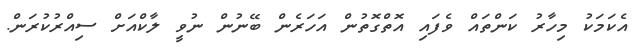
އެކަމަކު މިހާރު ކަންތައް ވެފައި އޮތްގޮތުން އަހަރެން ބޭނުން ނުވީ ލާކްއަށް ސިއްރުކުރަން.